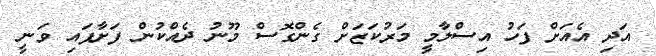
އަދި އެއަށް ފަހު އިސްލާމީ މަރުކަޒަށް ގެންގޮސް މޫނު ދެއްކުން ފަށާފައި ވަނީ